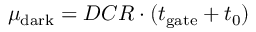
\mu _ { \mathrm { d a r k } } = D C R \cdot ( t _ { \mathrm { g a t e } } + t _ { 0 } )